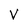
Character: V